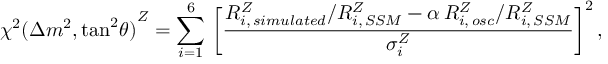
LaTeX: { \chi ^ { 2 } ( \Delta m ^ { 2 } , \mathrm { { t a n } ^ { 2 } } \theta ) } ^ { Z } = \sum _ { i = 1 } ^ { 6 } \, \bigg [ { \frac { R _ { i , \, s i m u l a t e d } ^ { Z } / R _ { i , \, S S M } ^ { Z } - \alpha \, R _ { i , \, o s c } ^ { Z } / R _ { i , \, S S M } ^ { Z } } { \sigma _ { i } ^ { Z } } } \bigg ] ^ { 2 } \, ,